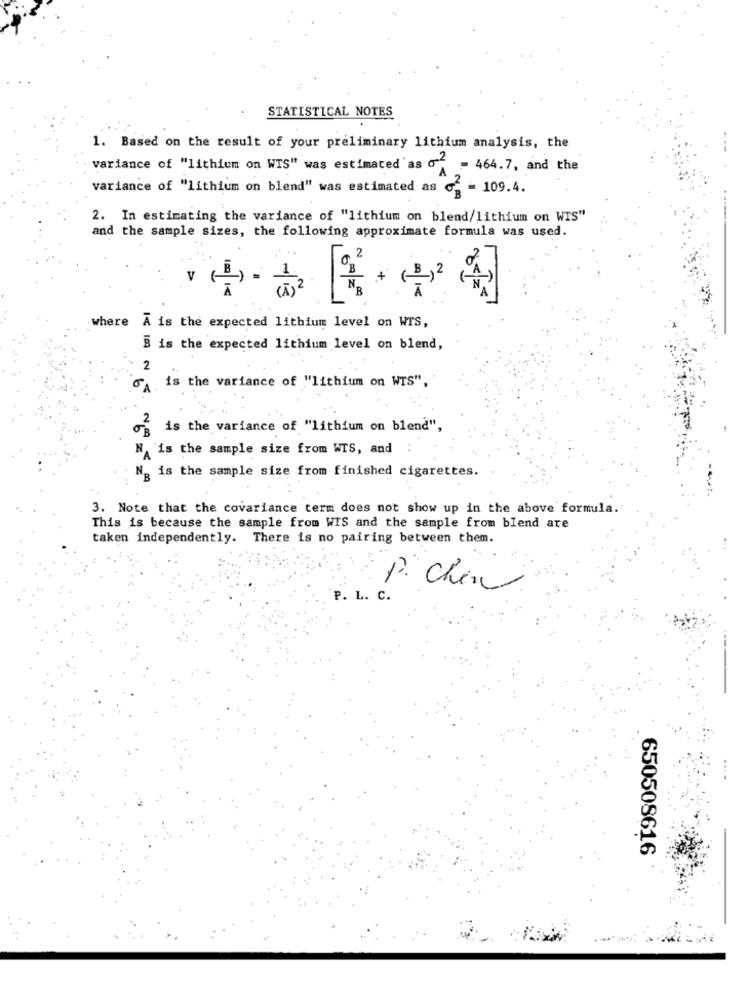
STATISTICAL NOTES
1. Based on the result of your preliminary lithium analysis, the
variance of "lithium on WIS" was estimated'as of = 464.7, and the
variance of "lithium on blend" was estimated as og = 109.4.
2. In estimating the variance of "lithium on blend/lithium on WIS"
and the sample sizes, the following approximate formula was used.
+
where A is the expected lithium level on WTS,
B is the expected lithium level on blend,
2
is the variance of "lithium on WTS",
og is the variance of "lithium on blend",
NA is the sample size from WTS, and
Ng is the sample size from finished cigarettes.
3. Note that the covariance term does not show up in the above formula.
This is because the sample from WIS and the sample from blend are
taken independently. There is no pairing between them.
P. Chen
P. L. C.
650508616